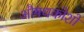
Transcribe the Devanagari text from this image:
औषधकोशों